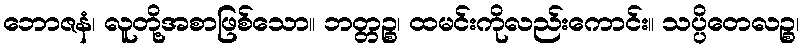
ဘောဇနံ၊ လူတို့အစာဖြစ်သော။ ဘတ္တဉ္စ၊ ထမင်းကိုလည်းကောင်း။ သပ္ပိတေလဉ္စ၊